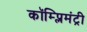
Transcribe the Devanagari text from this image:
कॉम्प्लिमंट्री